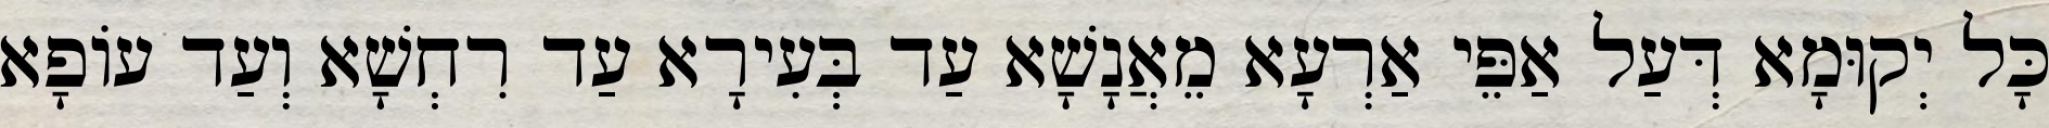
כָּל יְקוּמָא דְּעַל אַפֵּי אַרְעָא מֵאֲנָשָׁא עַד בְּעִירָא עַד רִחְשָׁא וְעַד עוֹפָא